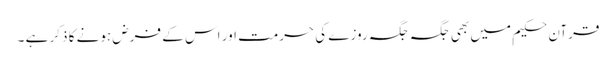
قرآن حکیم میں بھی جگہ جگہ روزے کی حرمت اور اس کے فرض ہونے کا ذکر ہے ۔